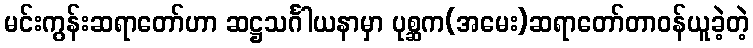
မင်းကွန်းဆရာတော်ဟာ ဆဋ္ဌသင်္ဂါယနာမှာ ပုစ္ဆက(အမေး)ဆရာတော်တာဝန်ယူခဲ့တဲ့